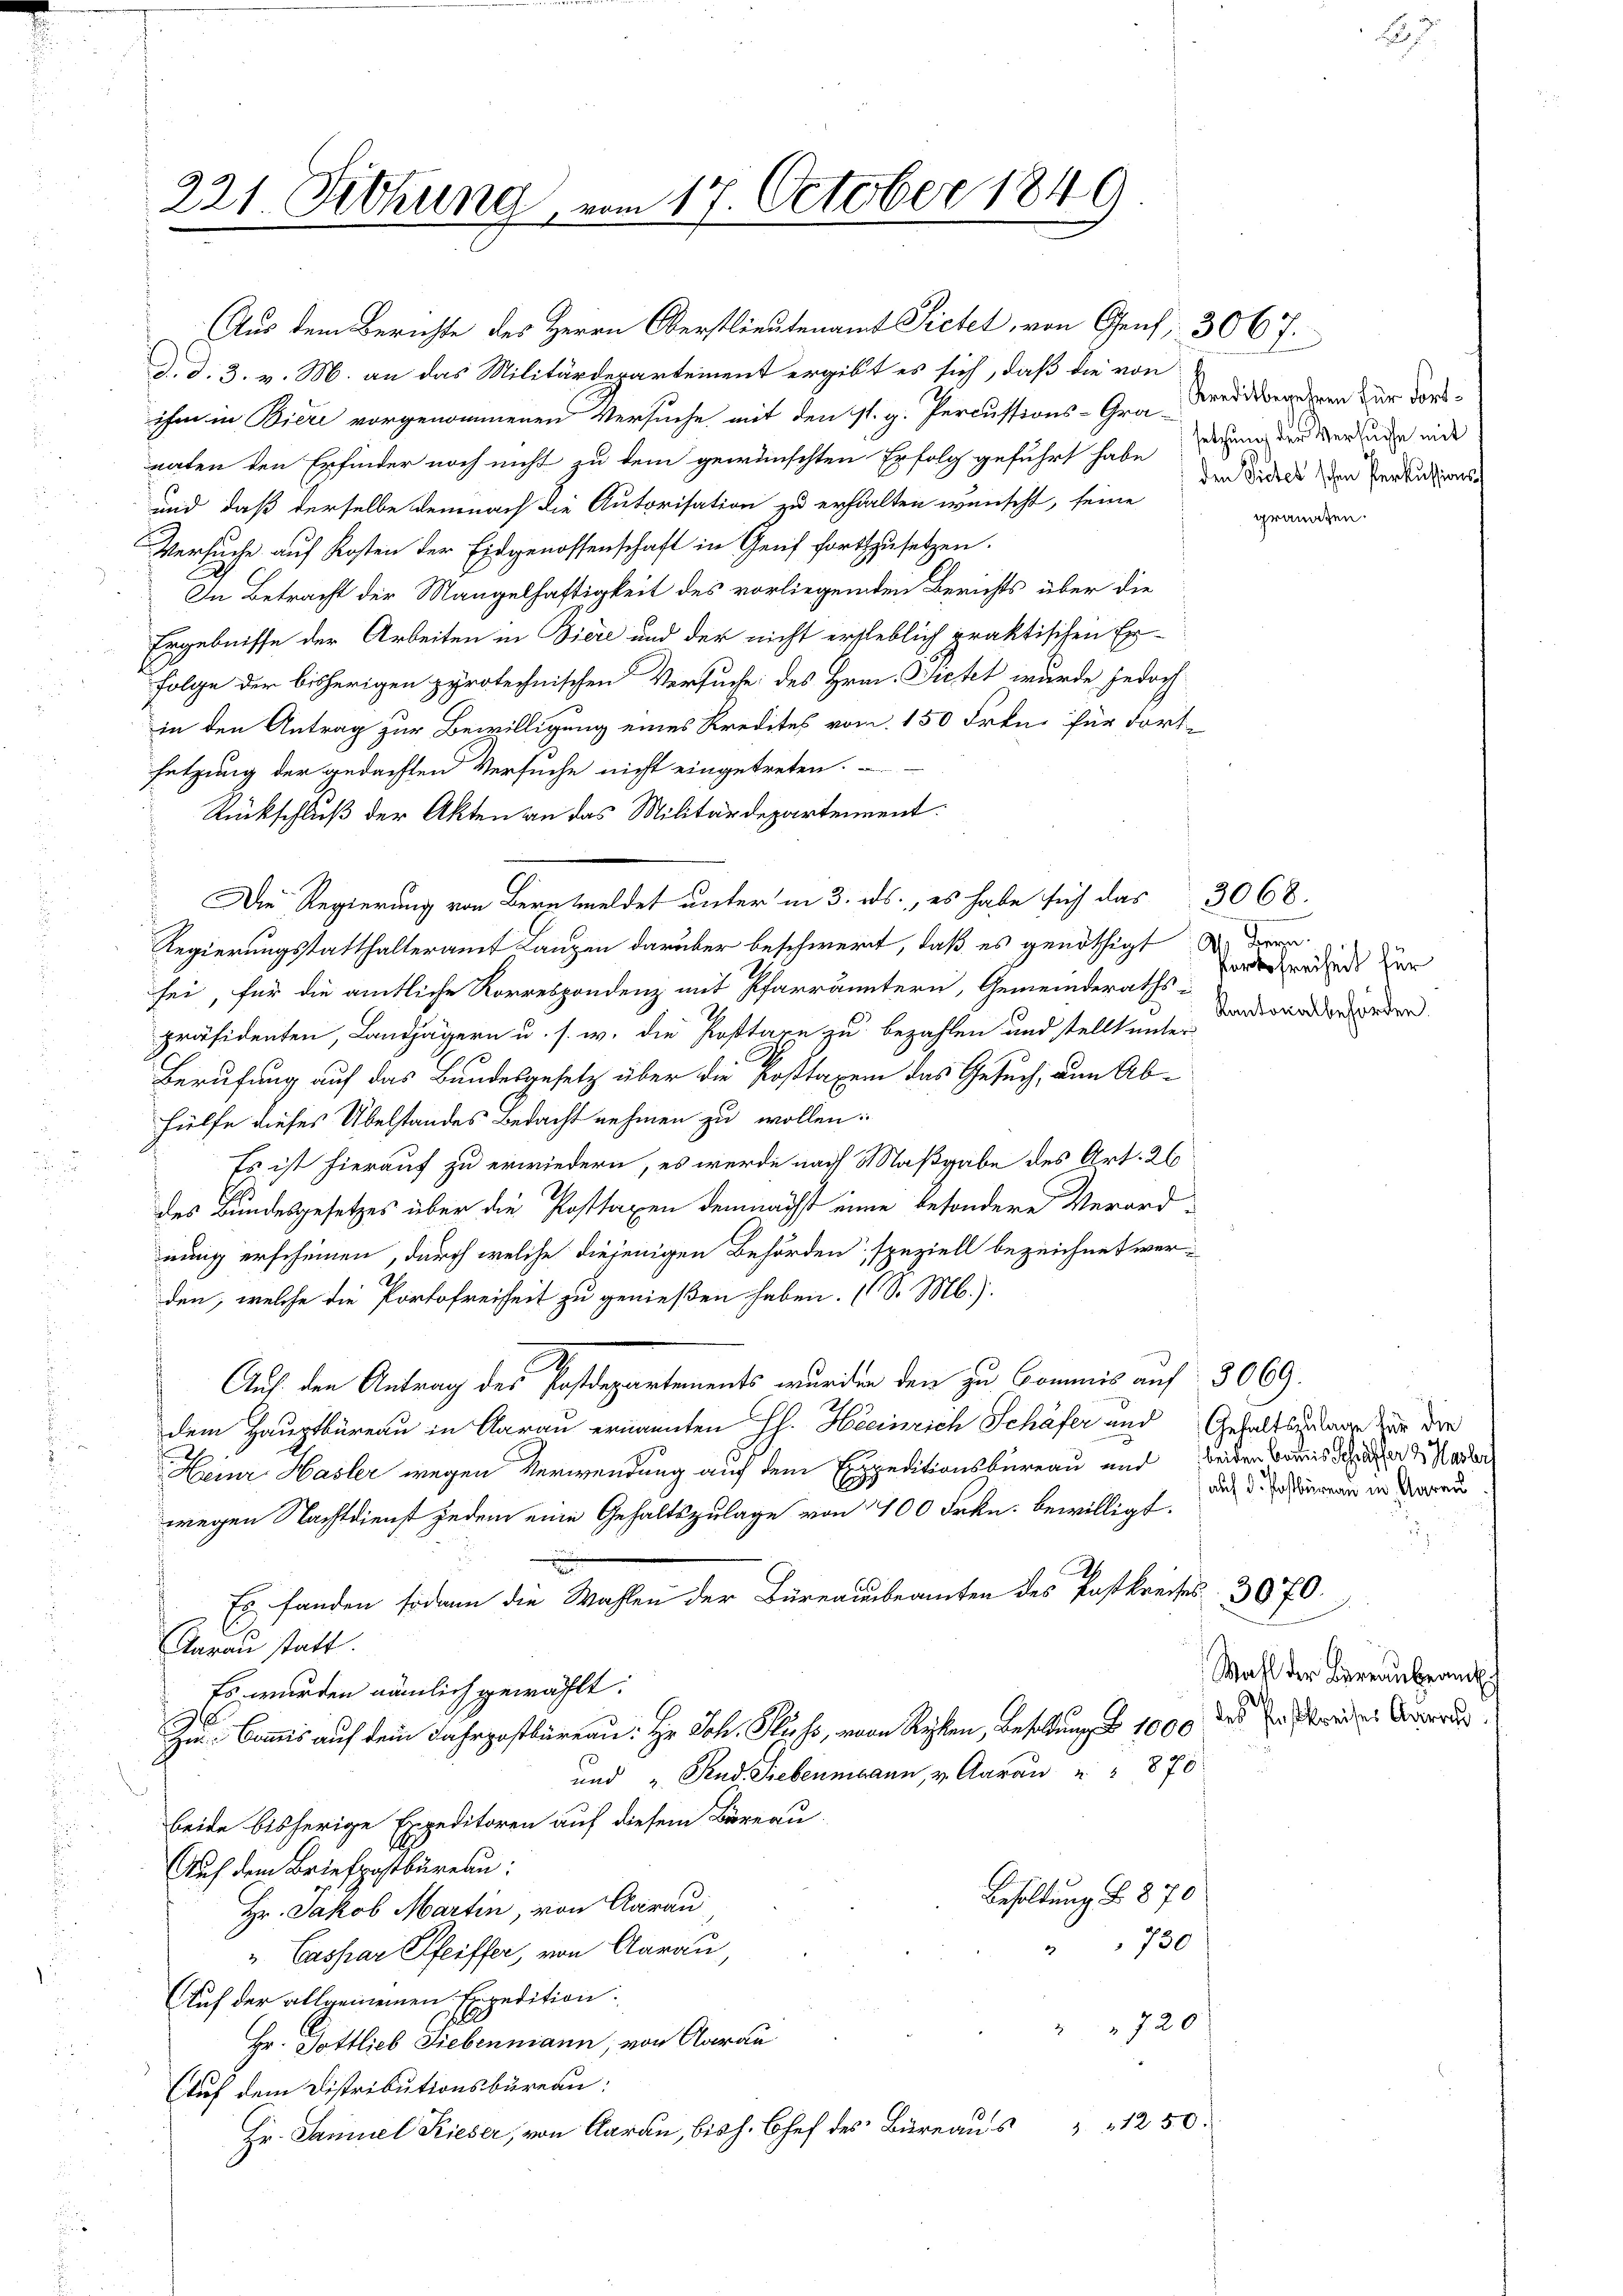
221. Fichung, vom 17. October 1849

Aus dem Berichte des Herrn Oberstlieutenamt Pietet, von Genf, 306 f.
d. d. 3. v. M. an das Militärdepartement ergibt es sich, daß die von
ihm in Bieri vorgenommenen Versuche mit den st. g. Percussions-Gra-Bredigenderen für dorsnaten den Erfinder noch nicht zu dem gewünschten Erfolg geführt habe, dann der der den wide
und daß derselbe demnach die Autorisation zu erhalten wünscht, seine
Versuche auf Kosten der Eidgenossenschaft in Genf fortzusetzen.
In Betracht der Mangelhaftigkeit des vorliegenden Berichts über die
Ergebnisse der Arbeiten in Viere und der nicht erheblich praktischen Er-
Folge der bisherigen pyrotechnischen Versuche des Hrn. Bietet wurde jedoch
in den Antrag zur Bewilligung eines Kredites vom 150 Frkn. für dortsetzung der gedachten Versuche nicht eingetreten. -
Rückschluß der Akten an das Militärdepartement.
Die Regierung von Bernmeldet unter in 3. ds., es habe sich das 3068.
Regierungsstatthalteramt Lanzen darüber beschwert, daß es genöthigt da der
sei, für die amtliche Korrespondenz mit Pfarrämtern, Gemeinderaths-
präsidenten, Landjägern u. s. w. die Posttare zu bezahlen und stellt unter-
Berufung auf das Bundesgesetz über die Posttaxen das Gesuch, um Ab-
Hülfe dieses Übelstandes Bedacht nehmen zu wollen:
Es ist hierauf zu erwiedern, es werde nach Maßgabe des Art. 26
des Bundesgesetzes über die Posttaxen demnächst eine besondere Verord-
nung erscheinen, durch welche diejenigen Behörden, speziell bezeichnet werden, welche die Portofreiheit zu genießen haben. (S. M.).
Auf den Antrag des Postdepartements wurden den zu Commis auf 3069.
dem Hauptbüreau in Aarau ernannten Hs. Heinrich Schäfer und Gehaltsertage zur die
Heine Hasler wegen Verwendung auf dem Expeditionsbüreau und beiden bonis daher Hader
wegen Nachtdienst jedem eine Gehaltszulage von 1400 Frkn. bewilligt.
Es fanden sodann die Wahlen der Büreausbeamten des Postkreises 3070.
Aarau statt.
Es wurden nämlich gewählt:
Zu Commis auf dem Fahrpostbüreau. Hr. Joh. Kuss, von Reben, besoldung d. 1000 des Ende Aende
und „Stud. Siebenmann, v. Aarau " " 870
beide bisherige Expeditoren auf diesem Büreau-
Auf dem Briefpostbüreau:
Besoldung § 870
Hr. Jakob Martin, von Aarau
730
" Caspar Pfeiffer, von Aarau,
Auf der allgemeinen Expedition.
720
Hr. Gottlieb Siebenmann, von Aarau
Auf dem Distributionsbüreau:
Hr. Samuel Kieser, von Aarau, bis h. Chef des Büreaus " " 1250.

den Siches schon Perkussionsf

Portofreiheit für
Kantonalbehörden.

auf d. Postbüreau in Aarau

Wahl der Berranbrand